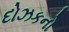
દોઝકનો